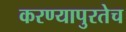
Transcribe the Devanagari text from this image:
करण्यापुरतेच